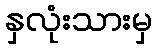
နှလုံးသားမှ